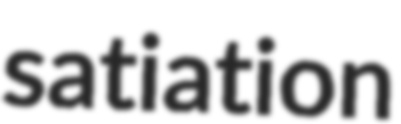
satiation